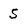
Character: 5